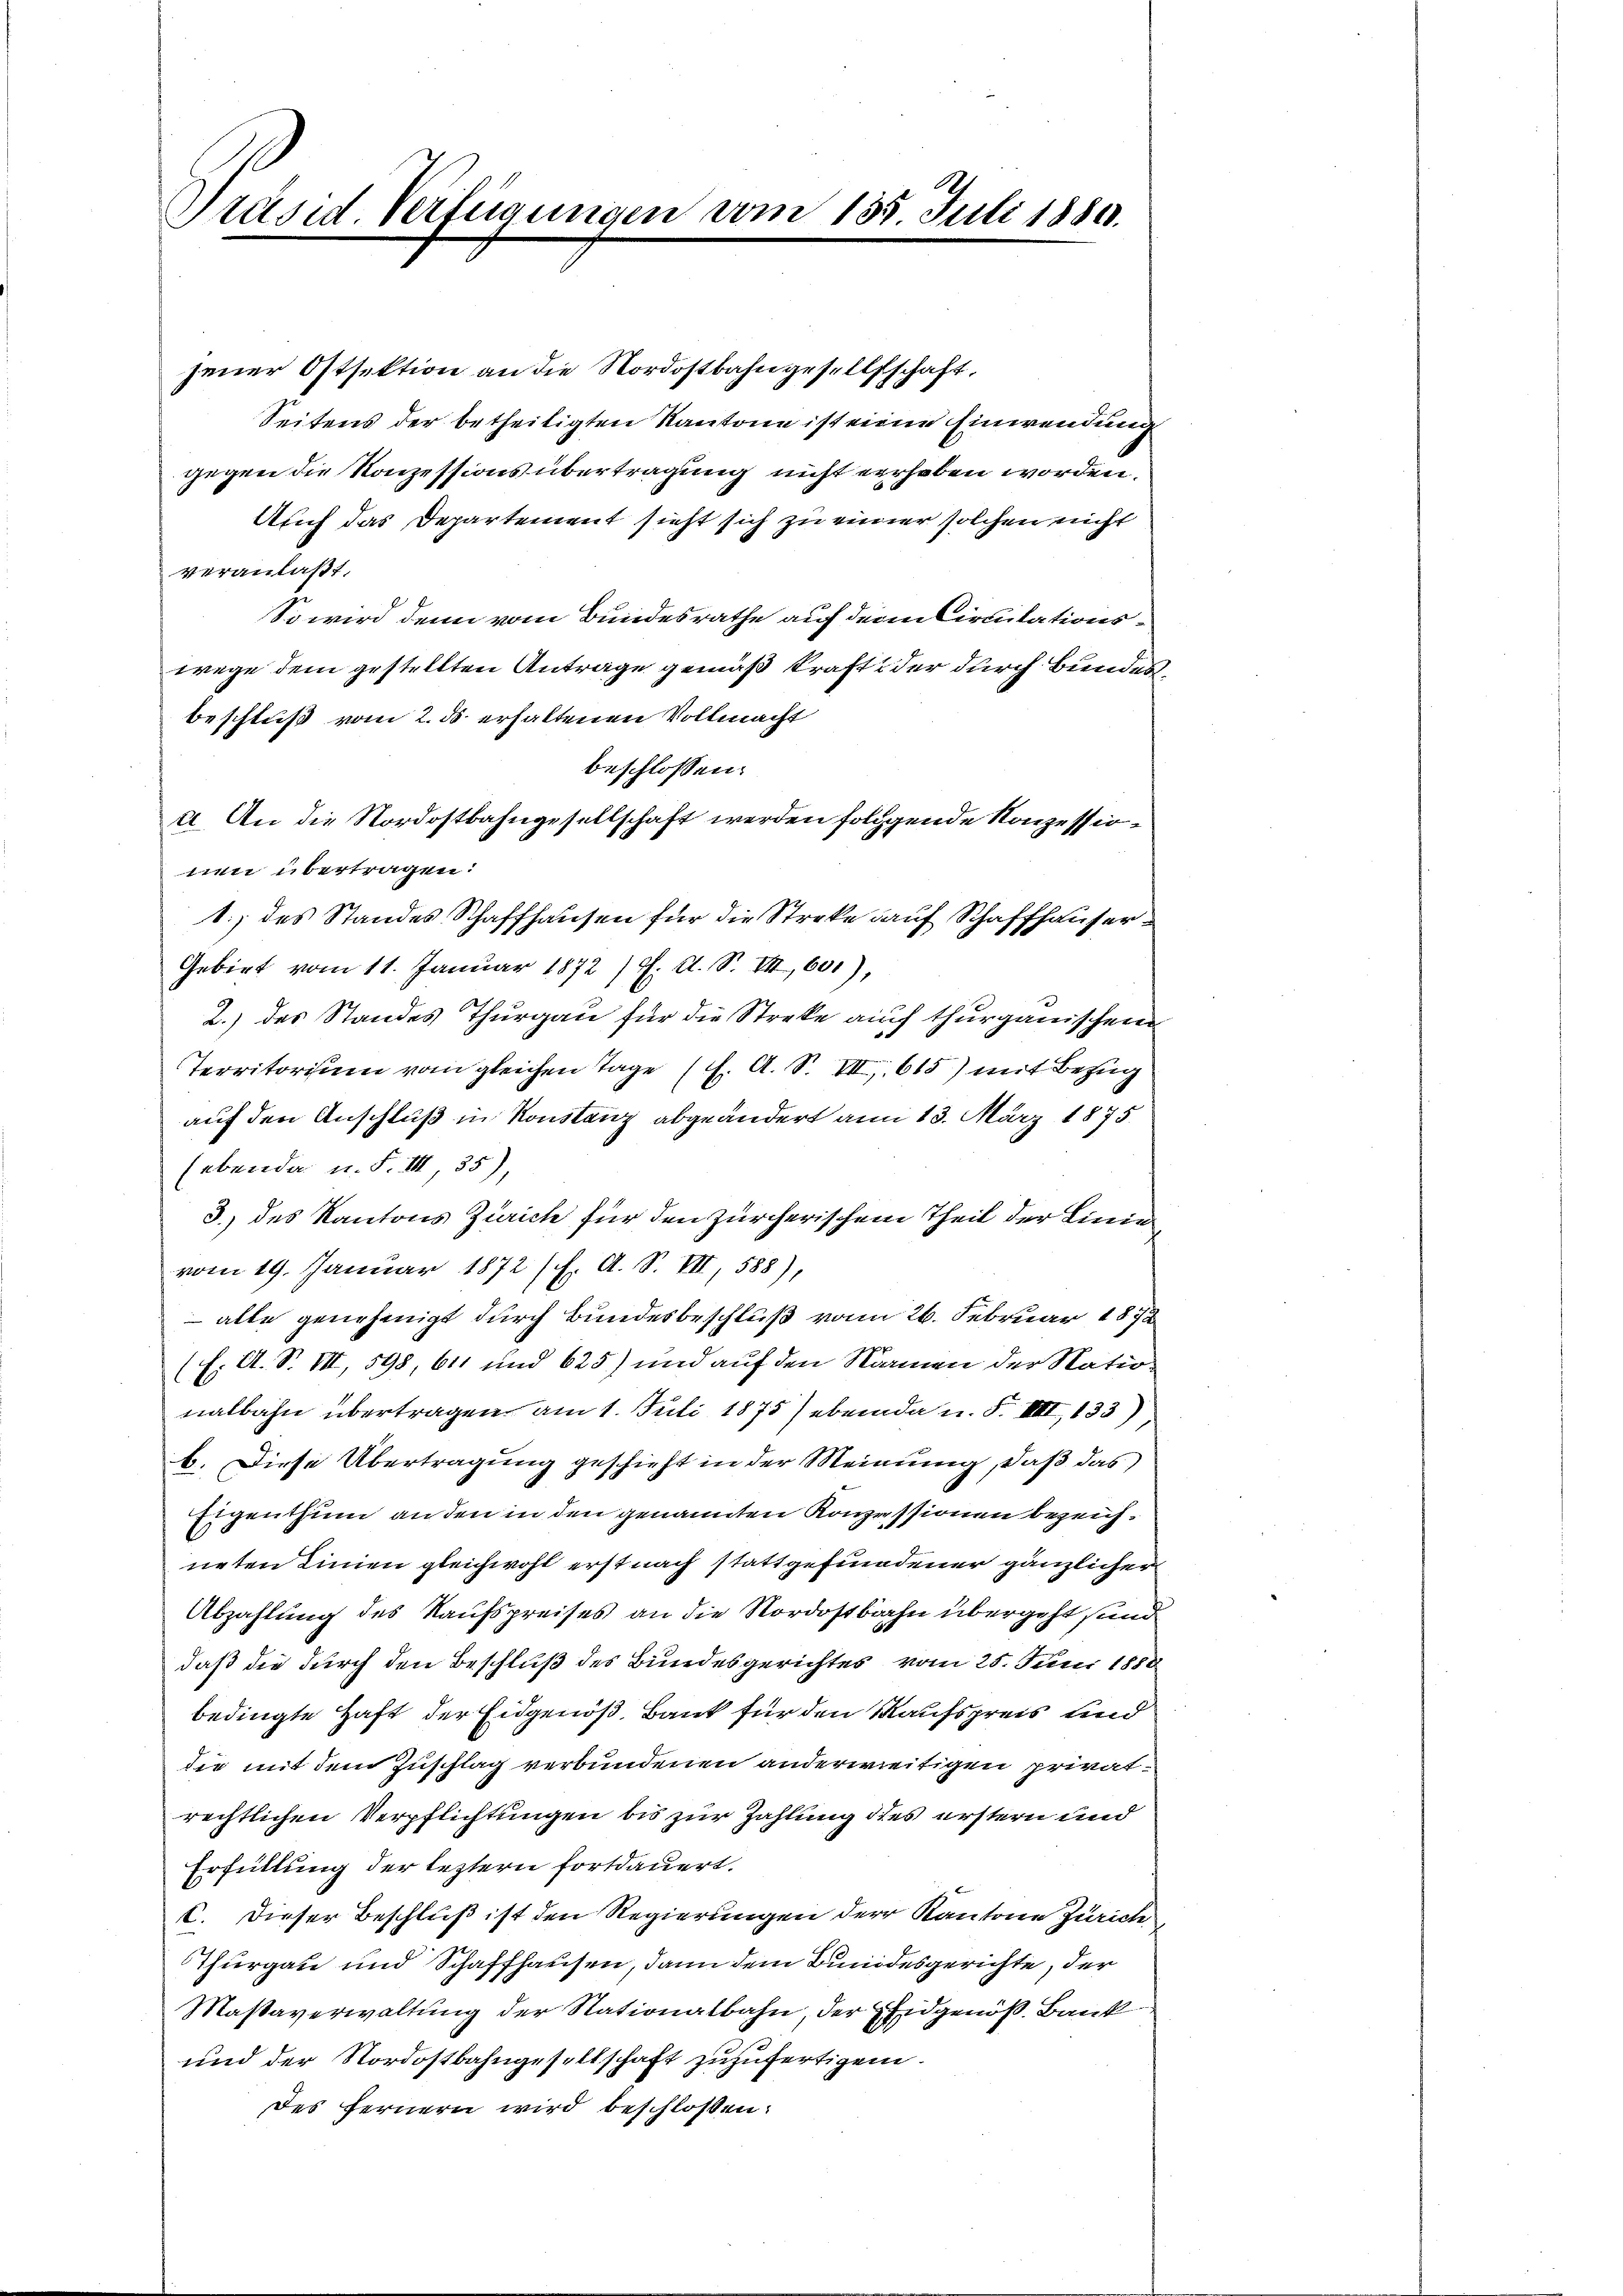
Präsid Verfügungen vom 135. Juli 1880.

jener Ostsektion an die Nordostbahngesellschaft,
Seitens der betheiligten Kantone ist einen Einwendung
gegen die Konzessions übertragung nicht verhaben worden.
Auch das Departement sieht sich zu einer solchen nicht
veranlaßt.
So wird denn vom Bundesrathe auf dem Circitationswege dem gestellten Anträge gemäß kraft der durch Bundesbeschluß vom 2. ds. erhaltenen Vollmacht
beschlossen:
2. An die Nordostbahngesellschaft werden folgende Konzessionen übertragen:
1., des Standes Schaffhausen für die Streke auf Schaffhauser¬
Gebirt vom 11. Januar 1872/7. A. S. VII, 601),
2.) des Standes Thurgau für die Streke auf thurgauischen
Territorium vom gleichen Tage (s. A. S. III 615) mit Bezug
auf den Anschluß in Konstanz abgeändert am 13. März 1875.
(ebenda u. F. III 35),
3.) des Kantons Zürich für den zürcherischem Theil der Linie
vom 19. Januar 1872 s. A. S. VII, 588),
 alle genehmigt durch Bundesbeschluß vom 26. Februar 1872
h. A. S. VII, 598, 611 und 625) und auf den Namen der Nationalbahn übertragen am 1. Juli 1875) ebenda u. F. VII, 133)
b. Diese Übertragung geschieht in der Meinung, daß das
Eigenthum an den in den genannten Konzessionen bezeichneten Linien gleichwohl erst nach stattgefundener gänzlicher
Abzahlung des Kaufspreises an die Nordostbahn übergeht sind
daß die durch den Beschluß des Bundesgerichtes vom 25. Juni 1888
bedingte Haft der Eidgenöß, Bank für den Kaufspreis und
die mit dem Zuschlag verbundenen anderweitigen privatrechtlichen Verpflichtungen bis zur Zahlung dies erstern und
Erfüllung der leztern fortdauert.
C. Dieser Beschluß ist den Regierungen der Kantone Zürich
Thurgau und Schaffhausen, dann dem Bundesgerichte, der
Maßaverwaltung der Stationalbahn, der Eidgenöß. Bank
und der Nordostbahngesellschaft zuzufertigen.
des fernern wird beschlossen: